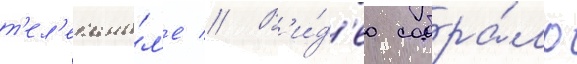
т'ел'екана́л'е // В'и́д'ео собра́ло